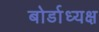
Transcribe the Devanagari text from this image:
बोर्डाध्यक्ष